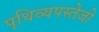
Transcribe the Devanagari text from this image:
पृथिव्यपस्तेजो